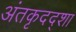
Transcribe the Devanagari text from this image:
अंतकृदद्शा